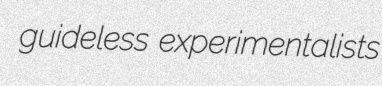
guideless experimentalists